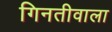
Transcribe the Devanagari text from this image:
गिनतीवाला